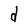
Character: d